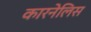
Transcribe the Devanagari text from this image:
कारनेलिस